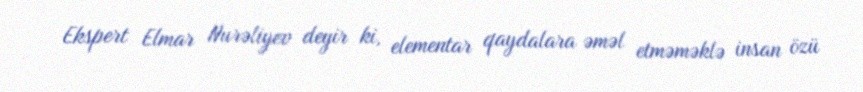
Ekspert Elmar Nurəliyev deyir ki, elementar qaydalara əməl etməməklə insan özü